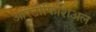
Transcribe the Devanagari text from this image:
आरटीफिशिअल